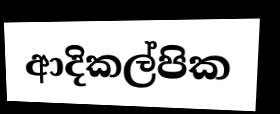
ආදිකල්පික